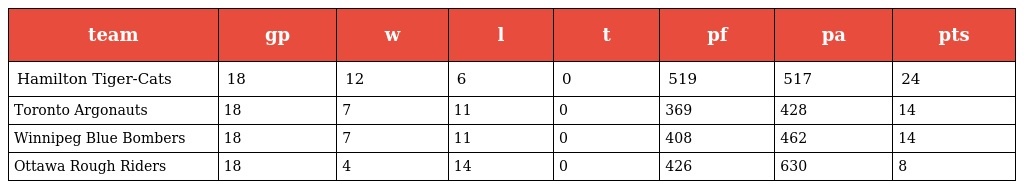
| team | gp | w | l | t | pf | pa | pts |
 | --- | --- | --- | --- | --- | --- | --- | --- |
 | Hamilton Tiger-Cats | 18 | 12 | 6 | 0 | 519 | 517 | 24 |
 | Toronto Argonauts | 18 | 7 | 11 | 0 | 369 | 428 | 14 |
 | Winnipeg Blue Bombers | 18 | 7 | 11 | 0 | 408 | 462 | 14 |
 | Ottawa Rough Riders | 18 | 4 | 14 | 0 | 426 | 630 | 8 |